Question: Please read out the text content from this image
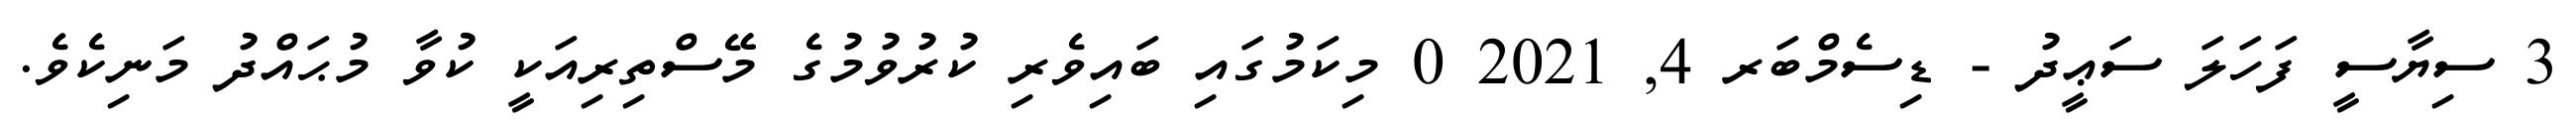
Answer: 3 ސިޔާސީ ފަހަލަ ސަޢީދު - ޑިސެމްބަރ 4, 2021 0 މިކަމުގައި ބައިވެރި ކުރުވުމުގެ މޭސްތިރިއަކީ ކުވާ މުޙައްދު މަނިކެވެ.